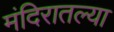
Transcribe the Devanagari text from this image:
मंदिरातल्या